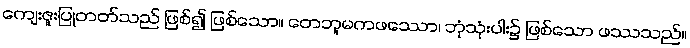
ကျေးဇူးပြုတတ်သည် ဖြစ်၍ ဖြစ်သော။ တေဘူမကဖဿော၊ ဘုံသုံးပါး၌ ဖြစ်သော ဖဿသည်။